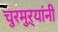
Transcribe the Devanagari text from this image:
चुरमुऱ्यांनी